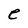
Character: e